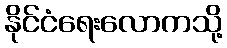
နိုင်ငံရေးလောကသို့